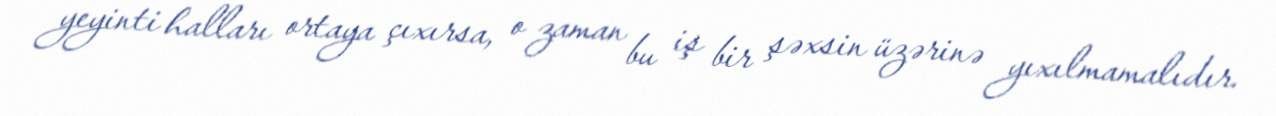
yeyinti halları ortaya çıxırsa, o zaman bu iş bir şəxsin üzərinə yıxılmamalıdır.